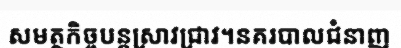
សមត្ថកិច្ចបន្តស្រាវជ្រាវ។នគរបាលជំនាញ